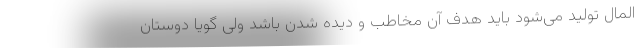
المال تولید می‌شود باید هدف آن مخاطب و دیده شدن باشد ولی گویا دوستان